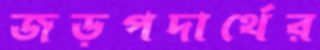
জড়পদার্থের